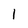
Character: 1